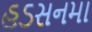
હડસનમા